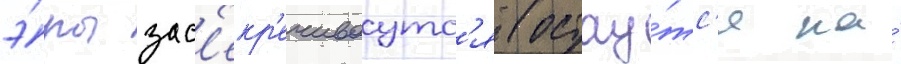
э́ры зас'екр'ечиваутс'я (остау́тс'я на́